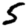
Digit: 5